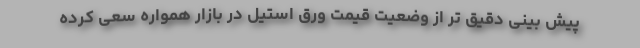
پیش بینی دقیق تر از وضعیت قیمت ورق استیل در بازار همواره سعی کرده